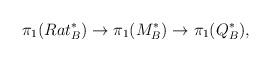
LaTeX: \begin{align*}\pi_1(Rat_B^*) \to \pi_1(M_B^*) \to \pi_1(Q_B^*),\end{align*}